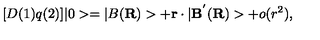
[ D ( 1 ) q ( 2 ) ] | 0 > = | B ( { \bf R } ) > + { \bf r } \cdot | { \bf B } ^ { ' } ( { \bf R } ) > + o ( r ^ { 2 } ) ,